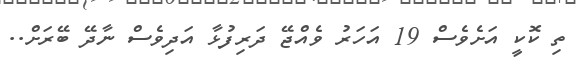
ތި ކޮކީ އަށެވެސް 19 އަހަރު ވެއްޖޭ ދަރިފުޅާ އަދިވެސް ނާދޭ ބޭރަށް..